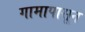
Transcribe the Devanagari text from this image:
गामापासून